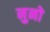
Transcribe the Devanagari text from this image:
नुनो